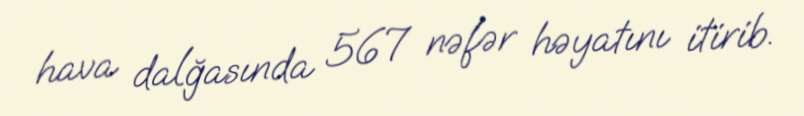
hava dalğasında 567 nəfər həyatını itirib.